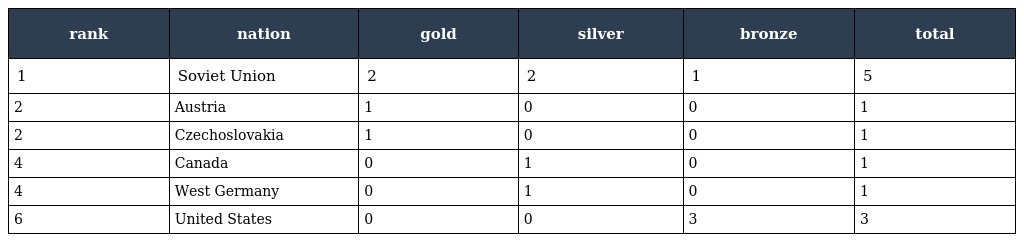
| rank | nation | gold | silver | bronze | total |
 | --- | --- | --- | --- | --- | --- |
 | 1 | Soviet Union | 2 | 2 | 1 | 5 |
 | 2 | Austria | 1 | 0 | 0 | 1 |
 | 2 | Czechoslovakia | 1 | 0 | 0 | 1 |
 | 4 | Canada | 0 | 1 | 0 | 1 |
 | 4 | West Germany | 0 | 1 | 0 | 1 |
 | 6 | United States | 0 | 0 | 3 | 3 |